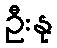
ဦးနု